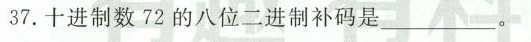
37.十进制数72的八位二进制补码是___。